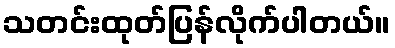
သတင်းထုတ်ပြန်လိုက်ပါတယ်။